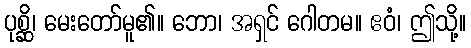
ပုစ္ဆိ၊ မေးတော်မူ၏။ ဘော၊ အရှင် ဂေါတမ။ ဧဝံ၊ ဤသို့။